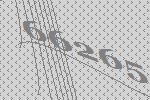
66265